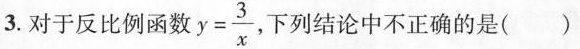
3.对于反比例函数 $$y= \frac{3}{x}$$ 下列结论中不正确的是()